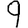
Digit: 9